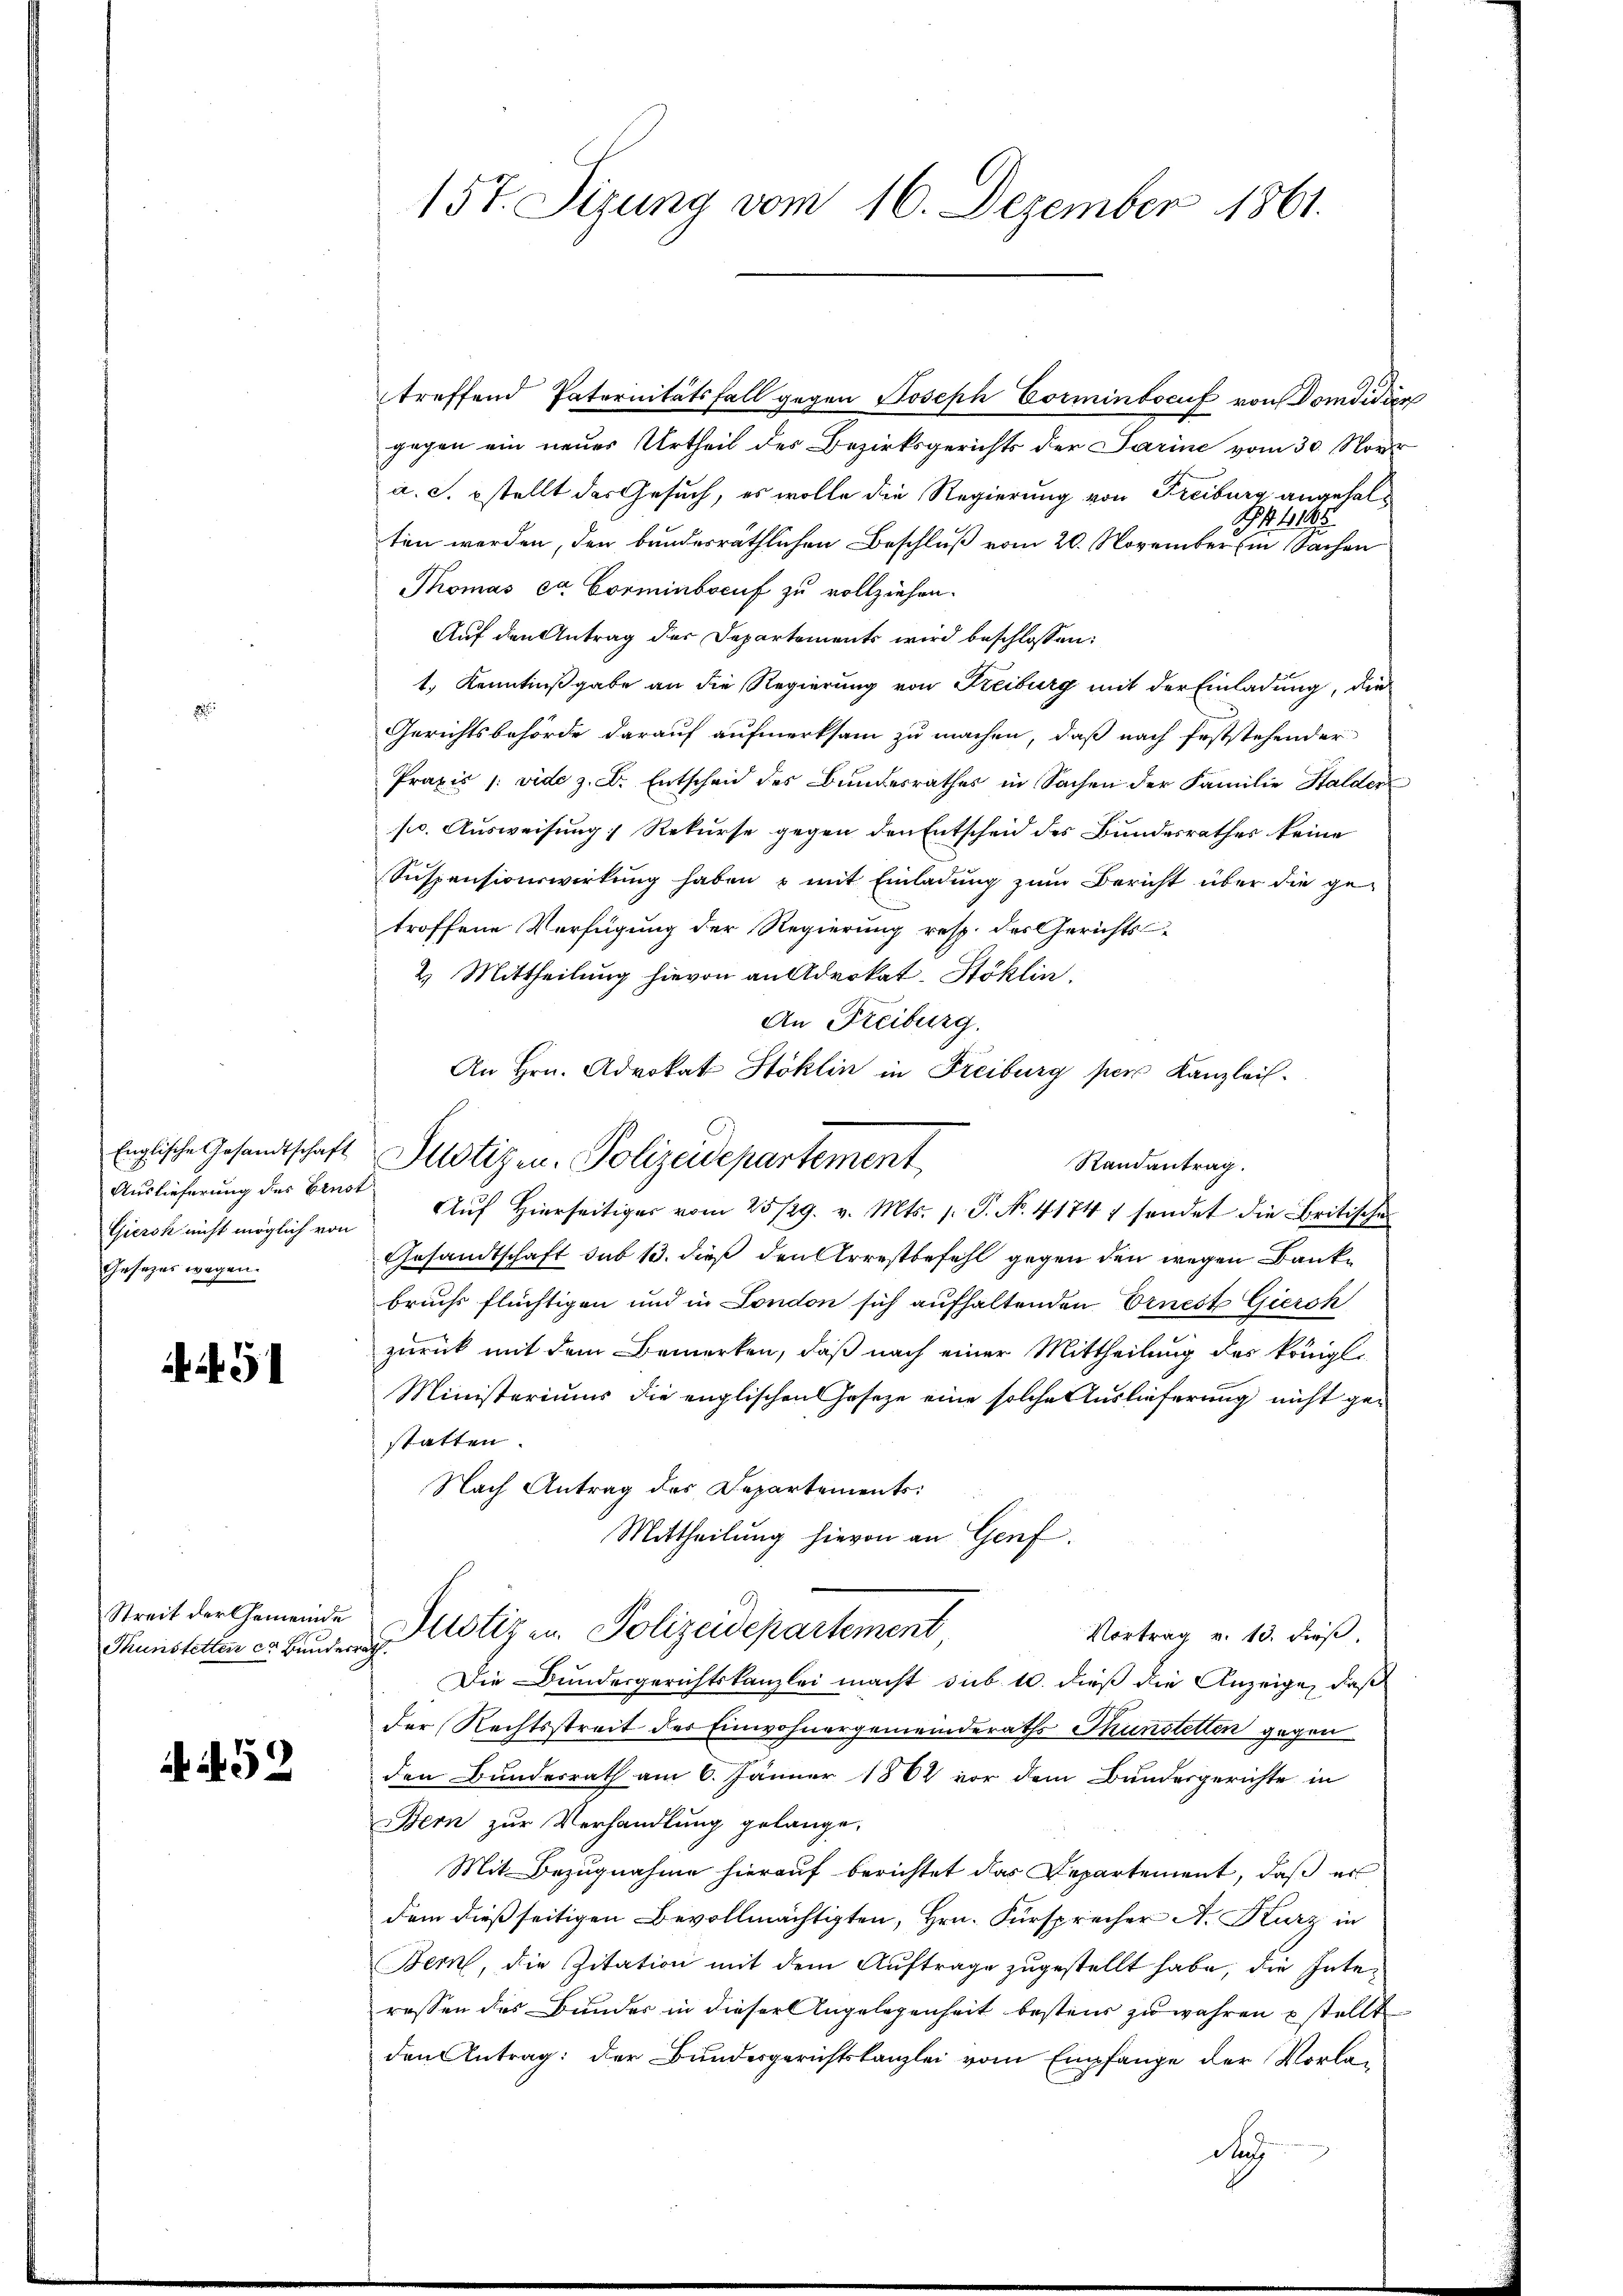
Englische Gesandtschaft
Auslieferung des Brust
Giersk nicht möglich von
Gesezes wegen.

5

Streit der Gemeinde
Thunstetten er Bundes

52

157. Sizung vom 16. Dezember 1861.

treffend Paternitätsfall gegen Joseph Eorminbocuf von Domdidier
gegen ein neues Urtheil des Bezirksgerichts der Parine vom 30. Nove
a. c. stellt das Gesuch, es wolle die Regierung von Freiburg angehal¬
S 1145
ten werden, den bundesräthlichen Beschluß vom 20. November in Sachen
Thomas et Corminbocuf zu vollziehen.
Auf den Antrag der Departements wird beschlossen:
1.) Kenntnißgabe an die Regierung von Freiburg mit der Einladung, die
Gerichtsbehörde darauf aufmerksam zu machen, daß nach feststehender
Praxis /: vide z. Dr. Entscheid des Bundesrathes in Sachen der Familie Halden
pc. Ausweisung, Rekurse gegen den Entscheid des Bundesrathes keine
Suspensionswirkung haben & mit Einladung zum Bericht über die getroffene Verfügung der Regierung resp. des Gerichts-
2.) Mittheilung hievon an Advokat-Stöklin,
An Freiburg.
An Hrn. Advokat Stoklin in Freiburg per Kanzlei.
Justizen. Polizeidepartement
Randantrag.
Aŭf Hierseitiger vom 25/29. v. Mts. s. S. N. 41747 sendet die Britische
Gesandtschaft sub 13. dieß den Arrestbefehl gegen den wegen Bankbruchs flüchtigen und in London sich aufhaltenden Ernest Gierk
zurück mit dem Bemerken, daß nach einer Mittheilung des königl.
Ministeriums die englischen Hoseze eine solche Auslieferung nicht gestatten.
Nach Antrag des Departements:
Mittheilung hievon an Genf.
Justizen. Polizeidepartement
Vortrag v. 13. dieß,
c
Die Bundesgerichtskanzlei macht sub. 10. dieß die Anzeige, daß
der Rechtsstreit des Einwohnergemeinderaths Thunstetten gegen
den Bundesrath am 6. Jänner 1864 vor dem Bundesgerichte in
Bern zur Verhandlung gelange.
Mit Bezugnahme hierauf berichtet das Departement, daß er
dem dießseitigen Bevollmächtigten, Hrn. Fürsprecher A. Kurz in
Bern, die Zitation mit dem Auftrage zugestellt habe, die Interessen des Bunder in dieser Angelegenheit bestein zu wahren stellt
den Antrag: der Bundesgerichtskanzlei vom Empfange der Vorlade